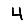
Digit: 4